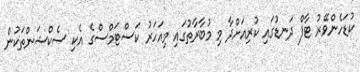
ކުޑަހެންވޭރު ޓާފް ދަނޑުގައި ކުރިއަށްދާ މި މުބާރާތުގައި މިއަހަރު ކަސްޓަމްސްގެ އެކި ސެކްޝަންތަކުން